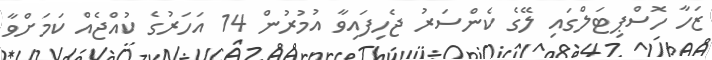
ޒަހާ ހޮސްޕިޓަލްގައި ލޭގެ ކެންސަރު ޖެހިފައިވާ އުމުރުން 14 އަހަރުގެ ކުއްޖެއް ކަމަށްވާ